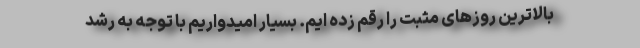
بالاترین روزهای مثبت را رقم زده ایم. بسیار امیدواریم با توجه به رشد